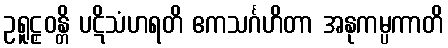
ဥရူဠှဝန္တိ ပဋိသံဟရတိ ဧကသင်္ဂဟိတာ အနုကမ္ပကာတိ